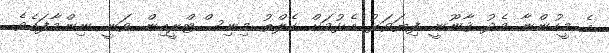
އެ މީހުންނާ މެދު ޤާނޫނީ ފިޔަވަޅު އެޅުމަށް ހެލްތު މިނިސްޓްރީއިން ވަނީ ނިންމާފައެވެ.